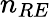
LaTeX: n_{RE}